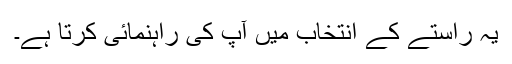
یہ راستے کے انتخاب میں آپ کی راہنمائی کرتا ہے۔